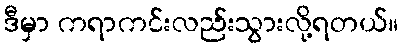
ဒီမှာ ကရာကင်းလည်းသွားလို့ရတယ်။